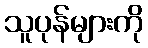
သူပုန်များကို